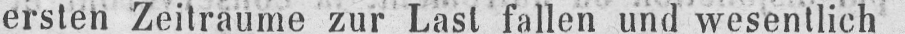
ersten Zeitraume zur Last fallen und wesentlich